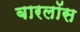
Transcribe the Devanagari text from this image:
बारलॉस